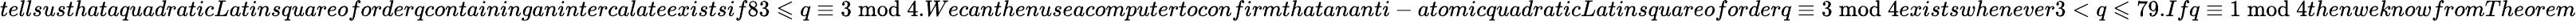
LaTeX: tellsusthataquadraticLatinsquareoforderqcontaininganintercalateexistsif83\leqslant q\equiv 3\bmod 4.Wecanthenuseacomputertoconfirmthatananti-atomicquadraticLatinsquareoforderq\equiv 3\bmod 4existswhenever3<q\leqslant 79.Ifq\equiv 1\bmod 4thenweknowfromTheorem